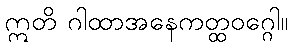
ဣတိ ဂါထာအနေကတ္ထဝဂ္ဂေါ။